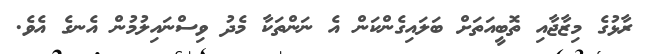
ރާޅުގެ މިޒާޖާއި ތޮބީއަތަށް ބަލައިގެންކަން އެ ނަންތަކާ މެދު ވިސްނައިލުމުން އެނގެ އެވެ.